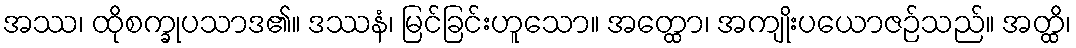
အဿ၊ ထိုစက္ခုပသာဒ၏။ ဒဿနံ၊ မြင်ခြင်းဟူသော။ အတ္ထော၊ အကျိုးပယောဇဉ်သည်။ အတ္ထိ၊